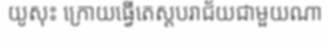
យូសុះ ក្រោយធ្វើតេស្តបរាជ័យជាមួយណា